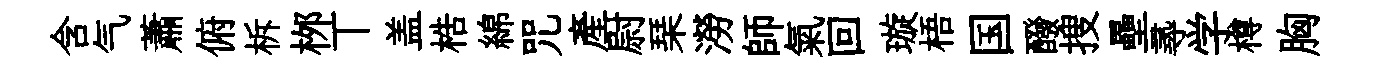
含气蕭俯柝桞丅盖梏綿咒產尉琹澇師氣回璇梧国醱搜壘𡬶学樽胸